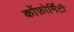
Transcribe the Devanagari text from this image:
कोंफ़ोर्मिटी